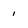
Character: 1